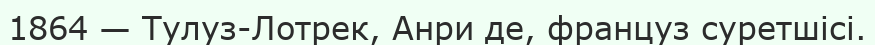
1864 — Тулуз-Лотрек, Анри де, француз суретшісі.